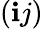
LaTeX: (\mathbf{i}j)